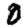
Digit: 0